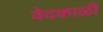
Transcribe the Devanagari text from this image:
वेदकाळी